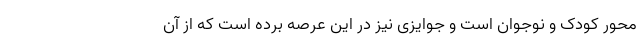
محور کودک و نوجوان است و جوایزی نیز در این عرصه برده است که از آن